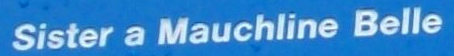
sister a Mauchline Belle